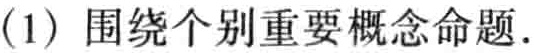
(1) 围绕个别重要概念命题.